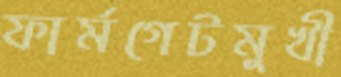
ফার্মগেটমুখী